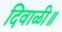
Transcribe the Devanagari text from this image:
दिवाळी॥